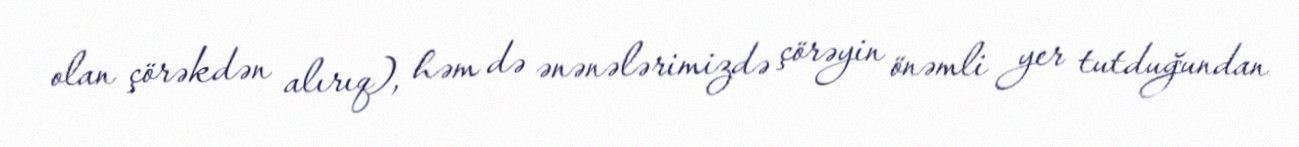
olan çörəkdən alırıq), həm də ənənələrimizdə çörəyin önəmli yer tutduğundan